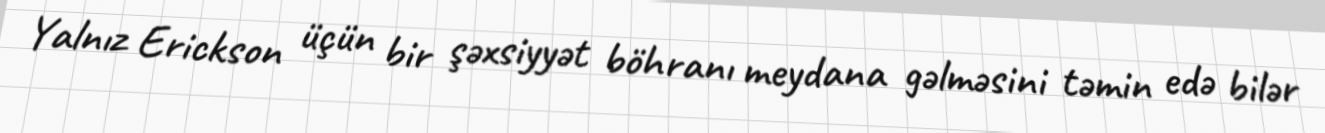
Yalnız Erickson üçün bir şəxsiyyət böhranı meydana gəlməsini təmin edə bilər